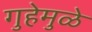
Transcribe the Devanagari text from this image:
गुहेमुळे